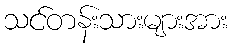
သင်တန်းသားများအား